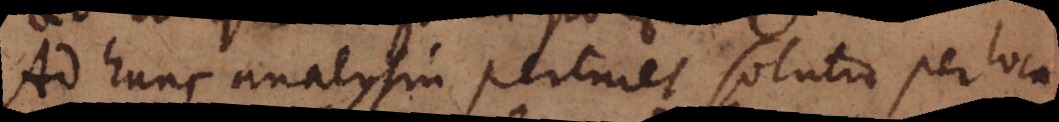
Ad hanc analysin pertinet solutio per loca